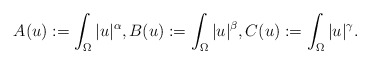
\begin{align*} A(u) := \int_\Omega |u|^\alpha, B(u) := \int_\Omega |u|^\beta, C(u) := \int_\Omega |u|^\gamma.\end{align*}